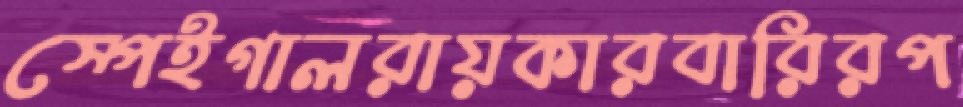
স্পেইগালরায়কারবারিরপ